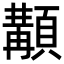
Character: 顜